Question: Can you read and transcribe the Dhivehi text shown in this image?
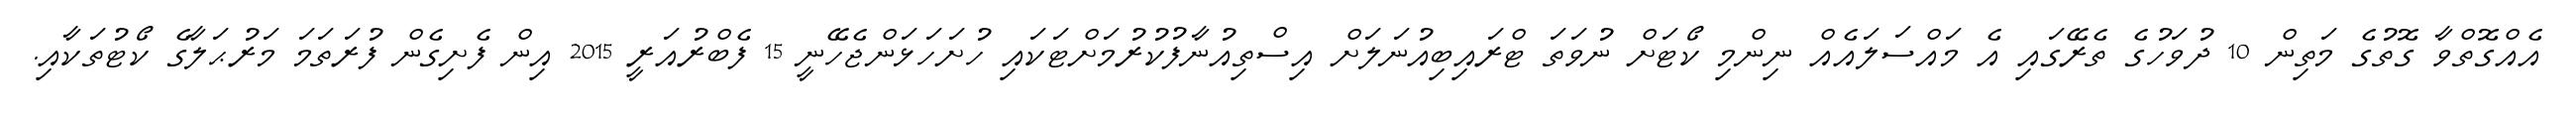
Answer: އެއްގޮތްވާ ގޮތުގެ މަތިން 10 ދުވަހުގެ ތެރޭގައި އެ މައްސަލައެއް ނިންމި ކޯޓަށް ނުވަތަ ޓްރައިބިއުނަލަށް އިސްތިއުނާފުކުރުމަށްޓަކައި ހުށަހަޅަންޖެހޭނީ 15 ފެބްރުއަރީ 2015 އިން ފެށިގެން ފުރަތަމަ މަރުޙަލާގެ ކޯޓުތަކާއި.